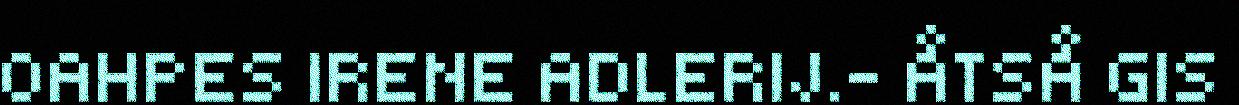
OAHPES IRENE ADLERIJ.– ÅTSÅ GIS